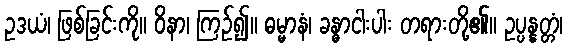
ဥဒယံ၊ ဖြစ်ခြင်းကို။ ဝိနာ၊ ကြဉ်၍။ ဓမ္မာနံ၊ ခန္ဓာငါးပါး တရားတို့၏။ ဥပ္ပန္နတ္တံ၊